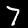
Label: 7